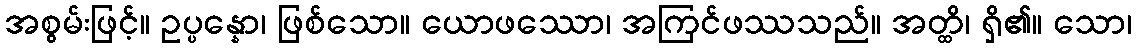
အစွမ်းဖြင့်။ ဥပ္ပန္နော၊ ဖြစ်သော။ ယောဖဿော၊ အကြင်ဖဿသည်။ အတ္ထိ၊ ရှိ၏။ သော၊